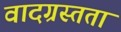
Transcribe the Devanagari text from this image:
वादग्रस्तता